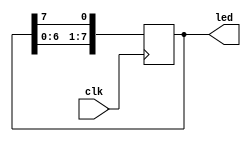
module led_wave(input clk,
                output reg [7:0] led); 
  initial led = 1'b1;
  always @ (posedge clk) begin
    // left shift
    led <= {led[6:0], led[7]};
  end

endmodule